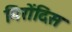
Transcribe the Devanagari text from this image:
गिरोंदिंस